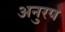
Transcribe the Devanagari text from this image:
अनुरप